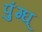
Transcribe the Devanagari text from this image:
पुंग्घ्